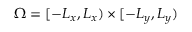
\Omega = [ - L _ { x } , L _ { x } ) \times [ - L _ { y } , L _ { y } )